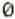
0